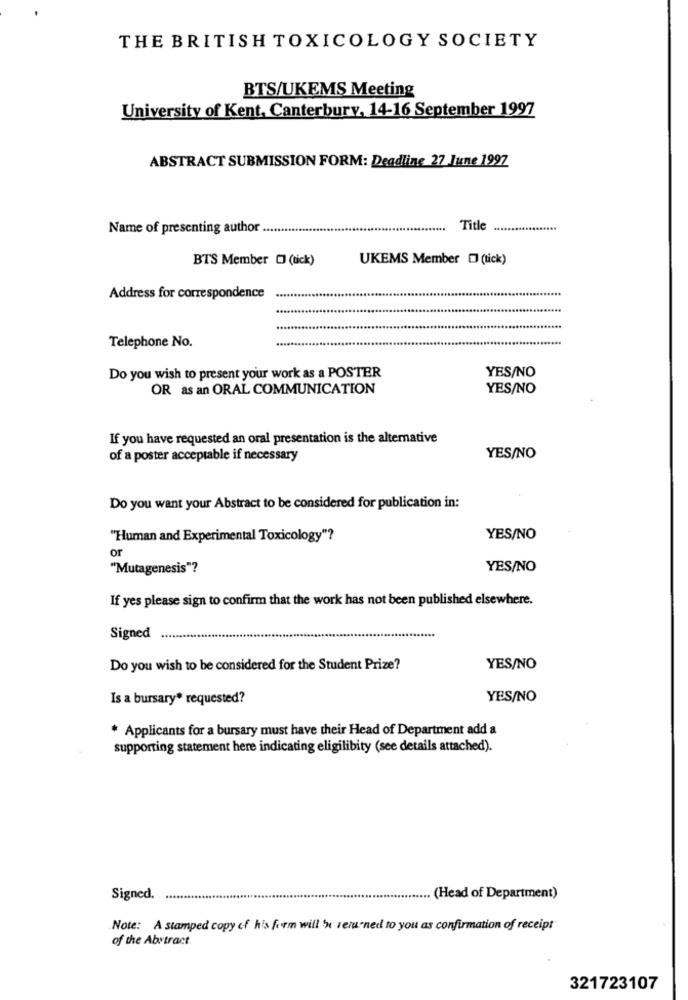
THE BRITISH TOXICOLOGY SOCIETY
BTS/UKEMS Meeting
University of Kent, Canterbury, 14-16 September 1997
ABSTRACT SUBMISSION FORM: Deadline 27 June 1997
Name of presenting author
Title
BTS Member [ (tick)
UKEMS Member [ (tick)
Address for correspondence
Telephone No.
YES/NO
Do you wish to present your work as a POSTER
OR as an ORAL COMMUNICATION
YES/NO
If you have requested an oral presentation is the alternative
of a poster acceptable if necessary
YES/NO
Do you want your Abstract to be considered for publication in:
"Human and Experimental Toxicology"?
YES/NO
or
"Mutagenesis"?
YES/NO
If yes please sign to confirm that the work has not been published elsewhere.
Signed
Do you wish to be considered for the Student Prize?
YES/NO
Is a bursary* requested?
YES/NO
* Applicants for a bursary must have their Head of Department add a
supporting statement here indicating eligilibity (see details attached).
Signed.
. (Head of Department)
Note: A stamped copy of his form will be veru-ned to you as confirmation of receipt
of the Abstract.
321723107